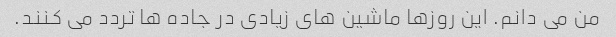
من می دانم. این روزها ماشین های زیادی در جاده ها تردد می کنند.